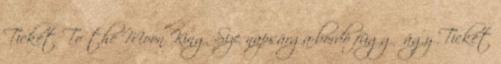
Ticket To the Moon King Size napsárga-bordó függőágy Ticket